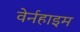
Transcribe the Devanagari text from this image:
वेर्नहाइम